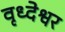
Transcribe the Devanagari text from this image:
वृध्देश्वर